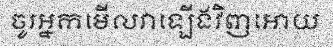
ចូរអ្នកមើលវាឡើងវិញអោយ